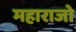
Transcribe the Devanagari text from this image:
महाराजो